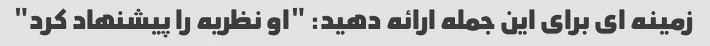
زمینه ای برای این جمله ارائه دهید: "او نظریه را پیشنهاد کرد"